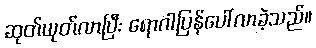
ဆုတ်ယုတ်လာပြီး ရောဂါပြန်ပေါ်လာခဲ့သည်။